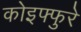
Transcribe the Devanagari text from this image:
कोइफ्फुरे